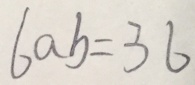
6 a b = 3 6